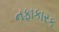
નફાકારક